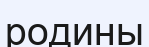
родины